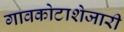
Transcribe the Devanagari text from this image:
गावकोटाशेजारी